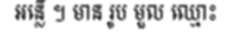
អន្លើ ។ មាន រូប មួល ឈ្មោះ